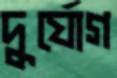
দুর্যোগ